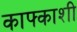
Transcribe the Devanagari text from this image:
काफ्काशी